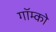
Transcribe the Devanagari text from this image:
गॉम्को